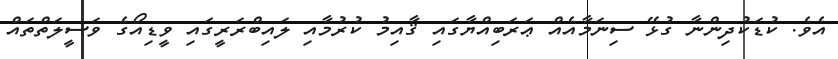
އެވެ. ކުޑަކުދިންނާ ގުޅޭ ސިނަމާއެއް ޢަރަބިއްޔާގައި ޤާއިމު ކުރުމާއި ލައިބްރަރީގައި ވީޑިއޯގެ ވަސީލަތްތައް